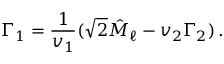
\Gamma _ { 1 } = \frac { 1 } { v _ { 1 } } ( \sqrt { 2 } \hat { M } _ { \ell } - v _ { 2 } \Gamma _ { 2 } ) \, .